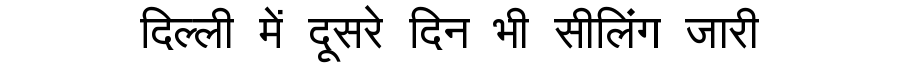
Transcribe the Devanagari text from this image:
दिल्ली में दूसरे दिन भी सीलिंग जारी